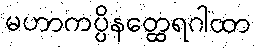
မဟာကပ္ပိနတ္ထေရဂါထာ